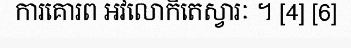
ការគោរព អវលោកិតេស្វារៈ ។ [4] [6]